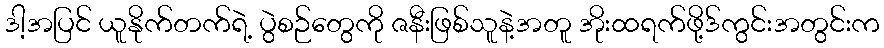
ဒါ့အပြင် ယူနိုက်တက်ရဲ့ ပွဲစဉ်တွေကို ဇနီးဖြစ်သူနဲ့အတူ အိုးထရက်ဖို့ဒ်ကွင်းအတွင်းက